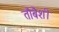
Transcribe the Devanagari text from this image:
तौबैशी